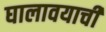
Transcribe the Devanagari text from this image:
घालावयाची